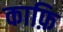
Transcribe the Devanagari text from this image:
काफ़ि